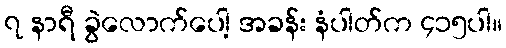
၇ နာရီ ခွဲလောက်ပေါ့ အခန်း နံပါတ်က ၄၁၅ပါ။